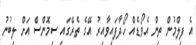
އެ ފިލްމުން ތިން އެވޯޑެއް ހޯދާފައިވާއިރު އޭގެ ތެރޭގައި ސިމޮންސް އަށް ލިބުނު